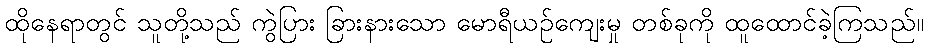
ထိုနေရာတွင် သူတို့သည် ကွဲပြား ခြားနားသော မောရီယဉ်ကျေးမှု တစ်ခုကို ထူထောင်ခဲ့ကြသည်။